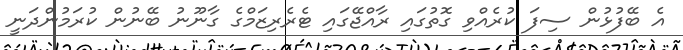
އެ ބޭފުޅުން ސިފަ ކުރެއްވި ގޮތުގައި ރާއްޖޭގައި ޓެރެރިޒަމްގެ ގާނޫނު ބޭނުން ކުރަމުންދަނީ